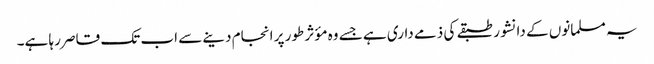
یہ مسلمانوں کے دانشور طبقے کی ذمے داری ہے جسے وہ مؤثر طور پر انجام دینے سے اب تک قاصر رہا ہے۔